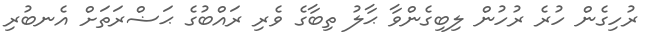
ރުހިގެން ހުރެ ރުހުން ލިބިގެންވާ ޙާލު ތިބާގެ ވެރި ރައްބުގެ ޙަޟްރަތަށް އެނބުރި